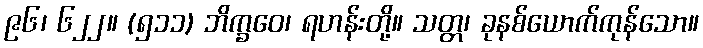
၉၆၊ ၆၂၂။ (၅၁၁) ဘိက္ခဝေ၊ ရဟန်းတို့။ သတ္တ၊ ခုနစ်ယောက်ကုန်သော။